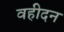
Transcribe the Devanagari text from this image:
वहीदन